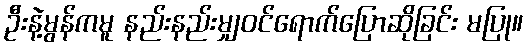
ဦးနဲ့မွန်ကမူ နည်းနည်းမျှဝင်ရောက်ပြောဆိုခြင်း မပြု။